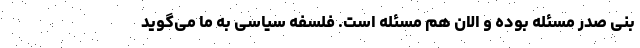
بنی صدر مسئله بوده و الان هم مسئله است. فلسفه سیاسی به ما می‌گوید